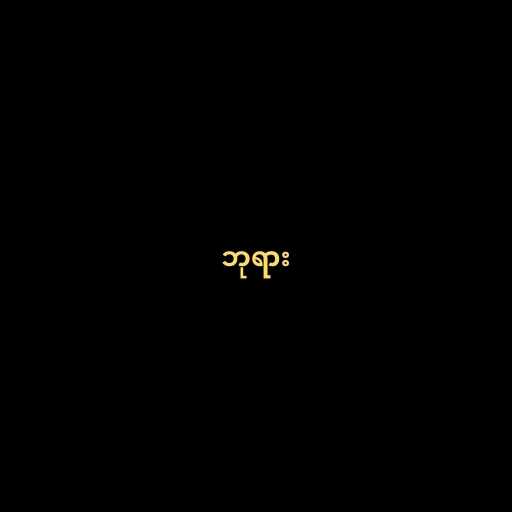
ဘုရား